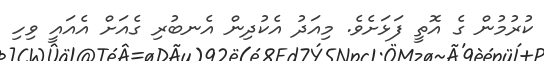
ކުރުމުން ގެ އޮތީ ފަޅަށެވެ. މިއަދު އެކުދިން އެނބުރި ގެއަށް އެއައީ ވިހި